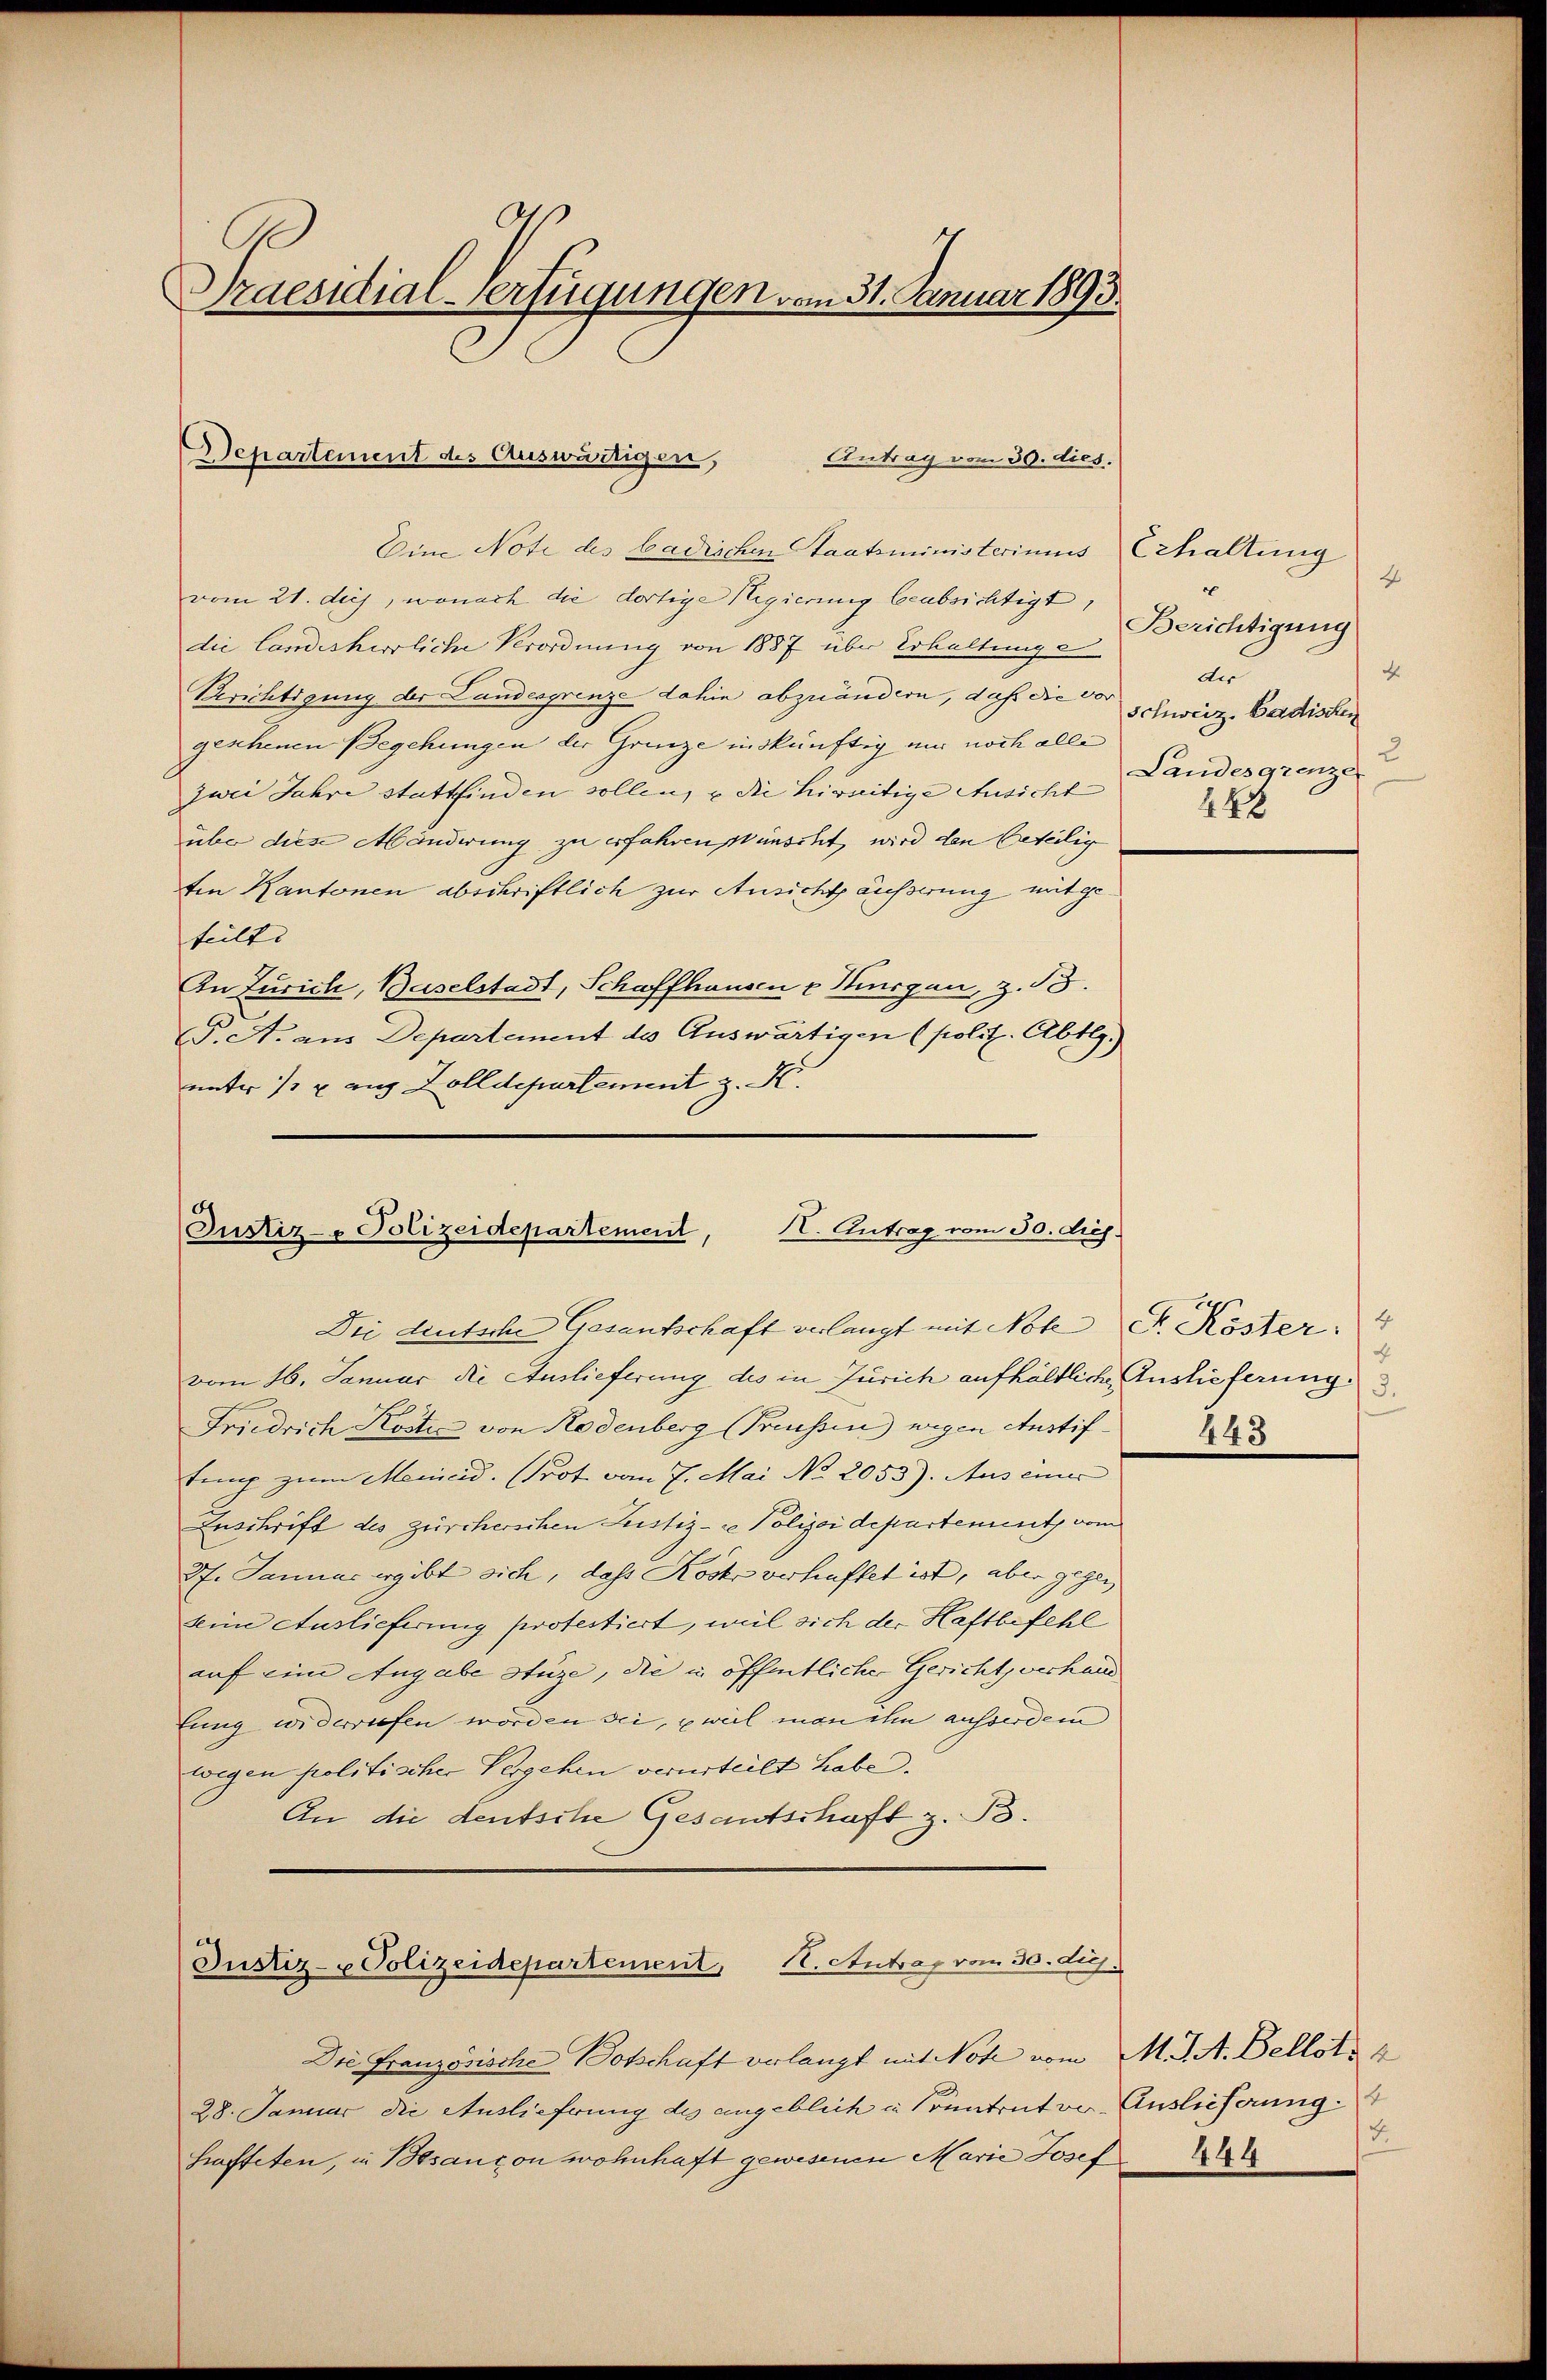
Praesidial-Verfügungen vom 31. Januar 1893.

Departement des Auswärtigen,
Antrag vom 30. dies.

Eine Note des badischen Staatsministeriums Echaltung
vom 21. dej, wonach die dortige Regierung beabsichtigt,
die landesherrliche Verordnung von 1887 über Erhaltung e
Berichtigung der Landesgrenze dahin abzuändern, daß die vor
geschenen Begehungen der Grenze inskünftig um noch alle
zwei Jahre stattfinden sollen, u die hireitige Ausicht
über diese Mänderung zu erfahren wünscht, wird den beteilig
ten Kantonen abschriftlich zur Ansicht äußerung mitgeteilte
In Zürich, Baselstadt, Schaffhausen v Kugen, z. B.
P. A. aus Departement des Auswärtigen (polit. Abtlg.)
unter 1 u aus Zolldepartement z. B.

K. Antrag vom 30. ds.
Justiz- & Polizeidepartement,
Die deutsche Gesantschaft verlangt mit Note Sr. Köster:

vom 16. Januar die Auslieferung des in Zürich aufhältliche Auslieferung
Friedrich Koste von Rodenberg (Preussen wegen Austiftung zum Menicid. (Prot vom 7. Mai No 2053). Aus einer
Zuschrift des zürcherschen Justiz- & Polizeidepartement, vom
27. Januar ergibt sich, dass Koch verhaftet ist, aber gegen
keim Auslieferung protestiert, weil sich der Haftbefehl
auf eine Angabe stüze, die in öffentliche Gericht, verhand
Eing widerrufen worden sei, weil man ihn ausserdem
wegen politischer Vergehen verurteilt habe.
An die deutsche Gesantschaft z. B.

Justiz- u Polizeidepartement, I. Stutrag vom 30. duj.

Die Französische Botschaft verlangt mit Note vom M. J. A. Bellots 4
28. Januar die Auslieferung des angeblich in Centrator Auslieferung.
hafteten, in Besanzen wohnhaft gewesenen Marie Josef

4
c
Berichtigung
4
der
Schweiz. Badischen
2
Landesgrenze
448

4
4
443

.